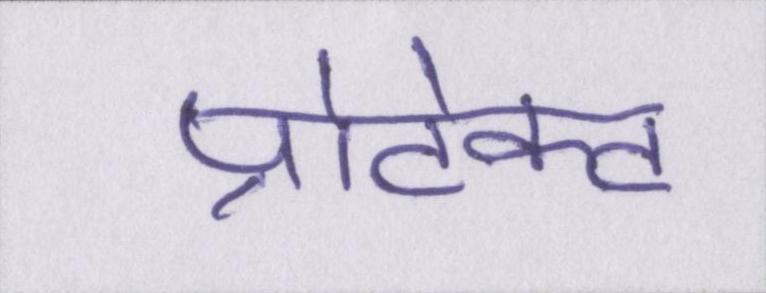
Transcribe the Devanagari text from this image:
प्रोटेक्ट